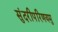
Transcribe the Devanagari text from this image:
सुंदरीपरिणयमु